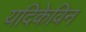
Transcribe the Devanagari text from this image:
यदिकेविन